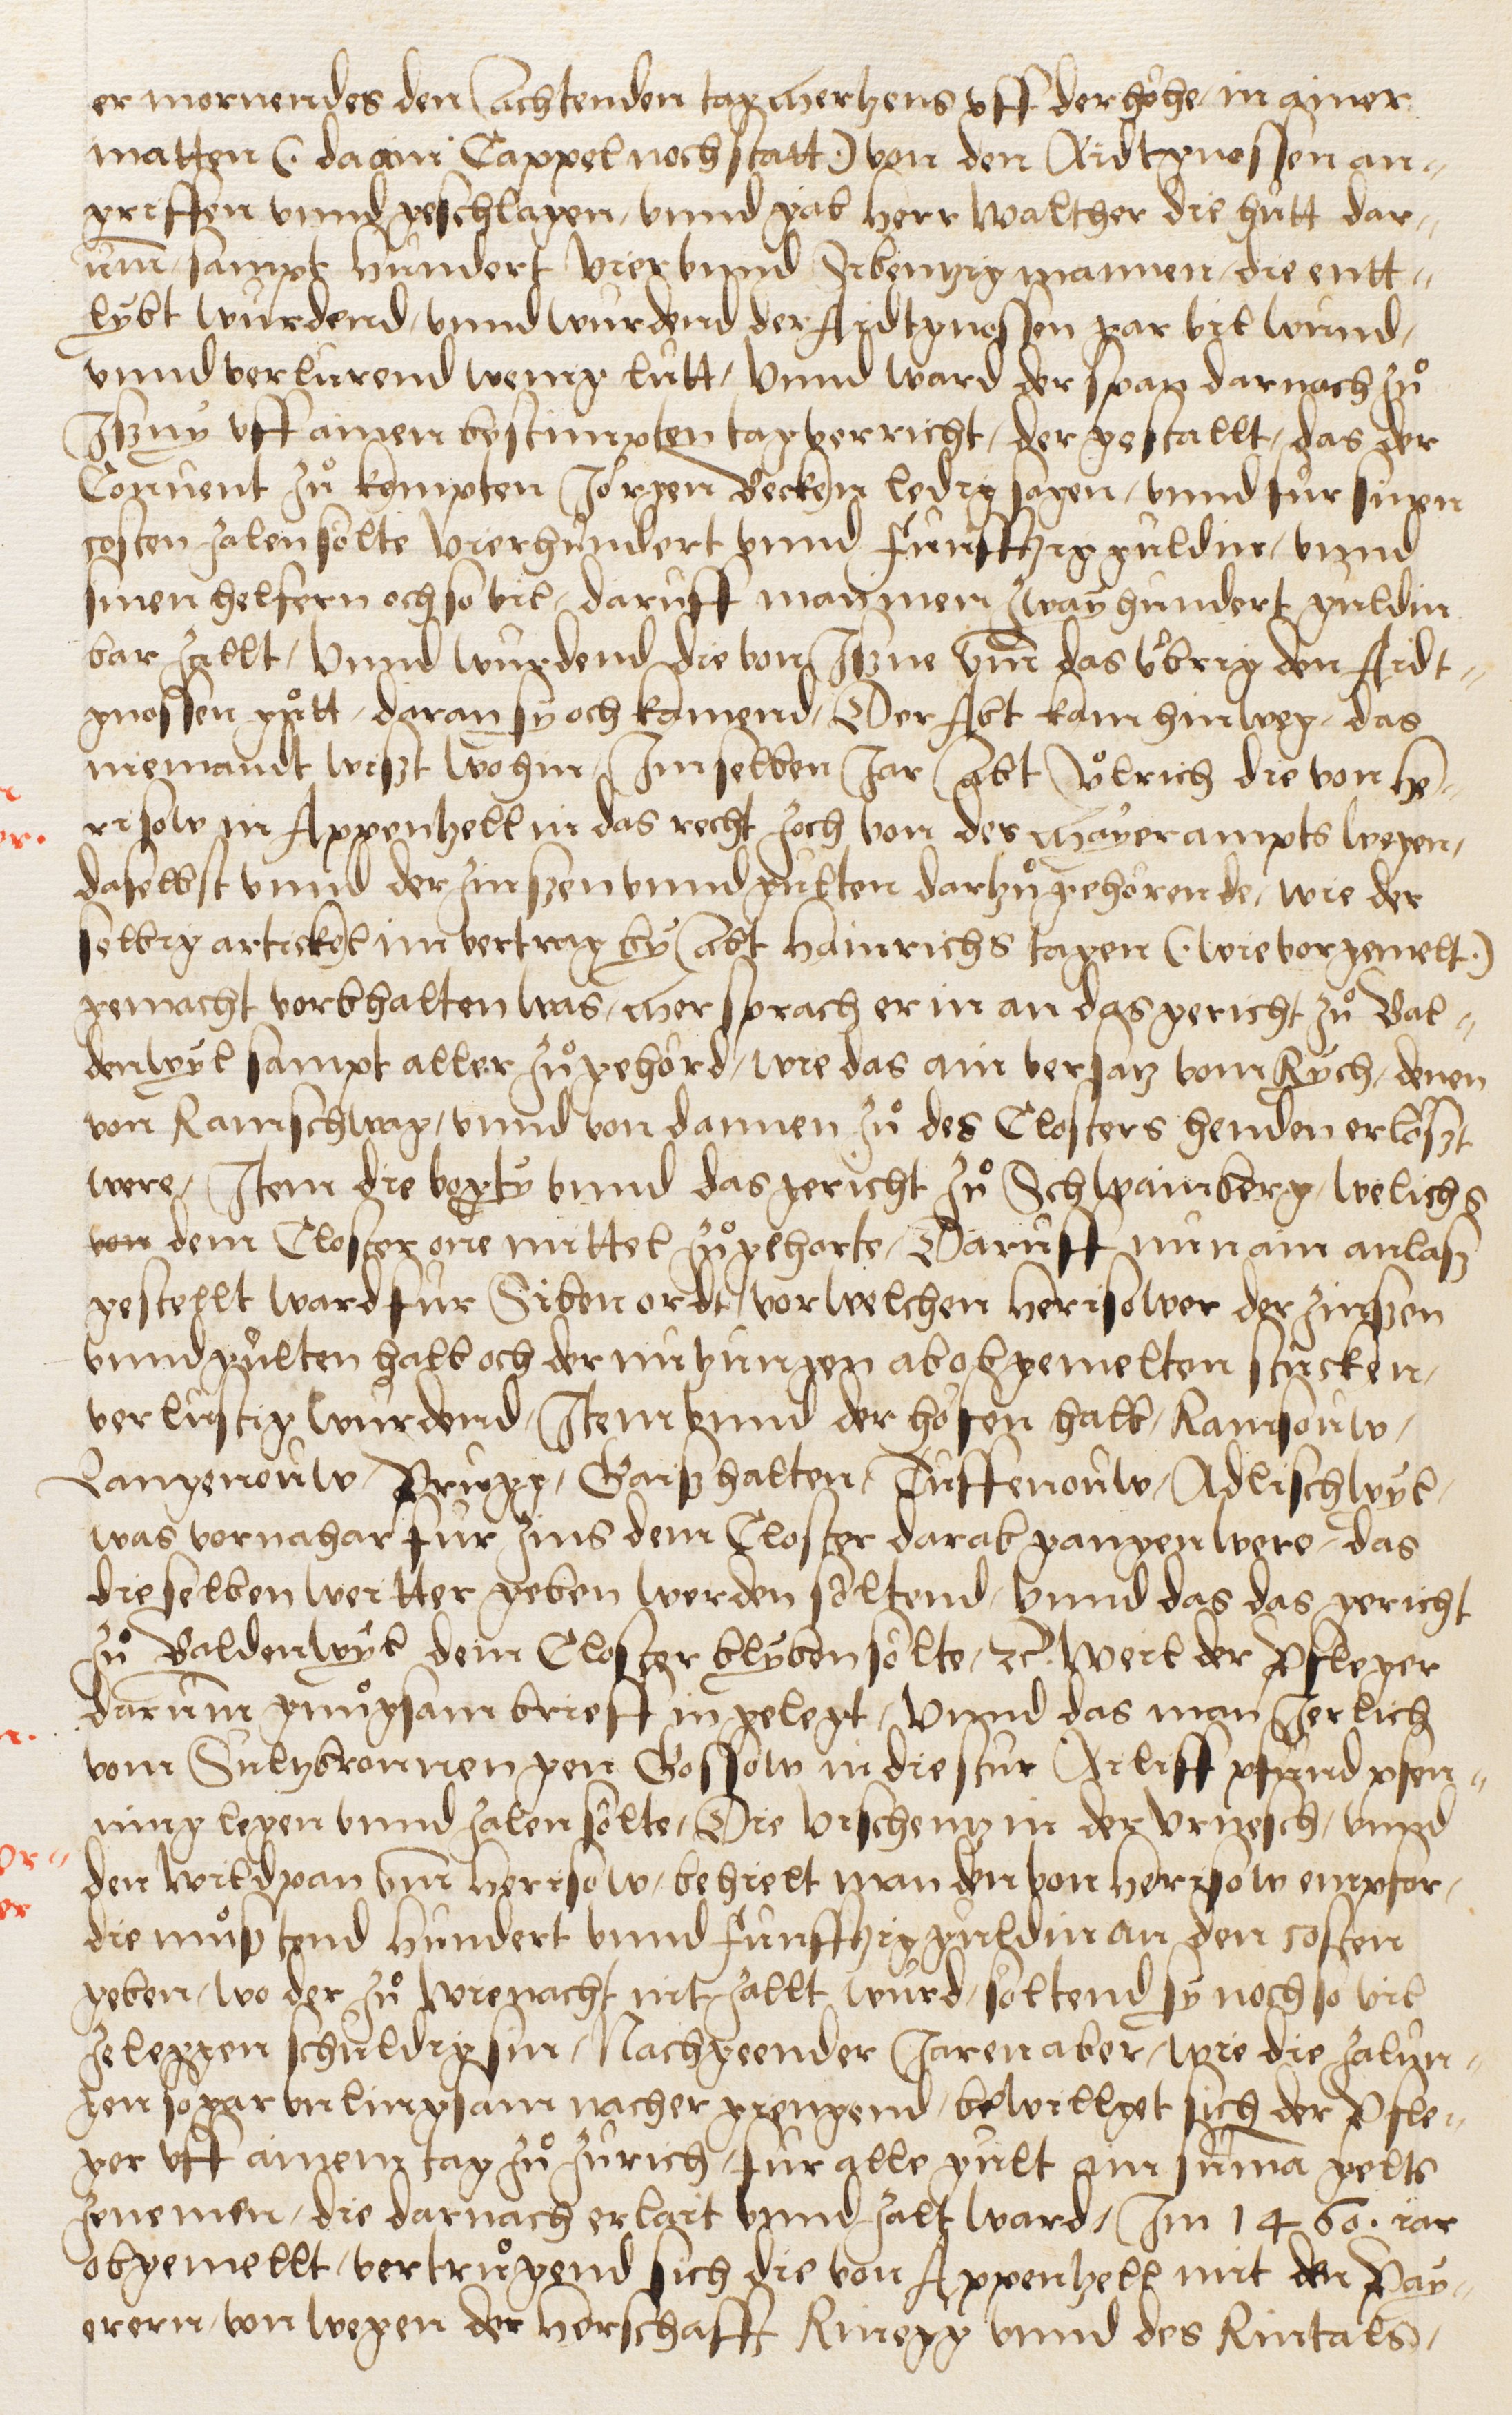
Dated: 1549–1549